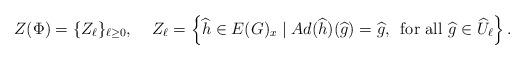
LaTeX: \begin{align*} Z(\Phi) = \{Z_\ell\}_{ \ell \geq 0}, & & Z_\ell = \left\{ \widehat{h} \in E(G)_x \mid Ad(\widehat{h})(\widehat{g}) = \widehat{g}, \, \textrm{ for all }\widehat{g} \in \widehat{U}_\ell \right\}.\end{align*}